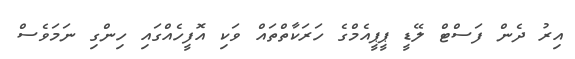
އިރު ދެން ފަސްޓް ލޭޑީ ޕީޕީއެމްގެ ހަރަކާތްތައް ވަކި އޮފީހެއްގައި ހިންގި ނަމަވެސް